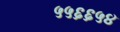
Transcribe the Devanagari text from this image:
५५६६५४